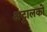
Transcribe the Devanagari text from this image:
अट्टालकों